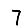
Digit: 7